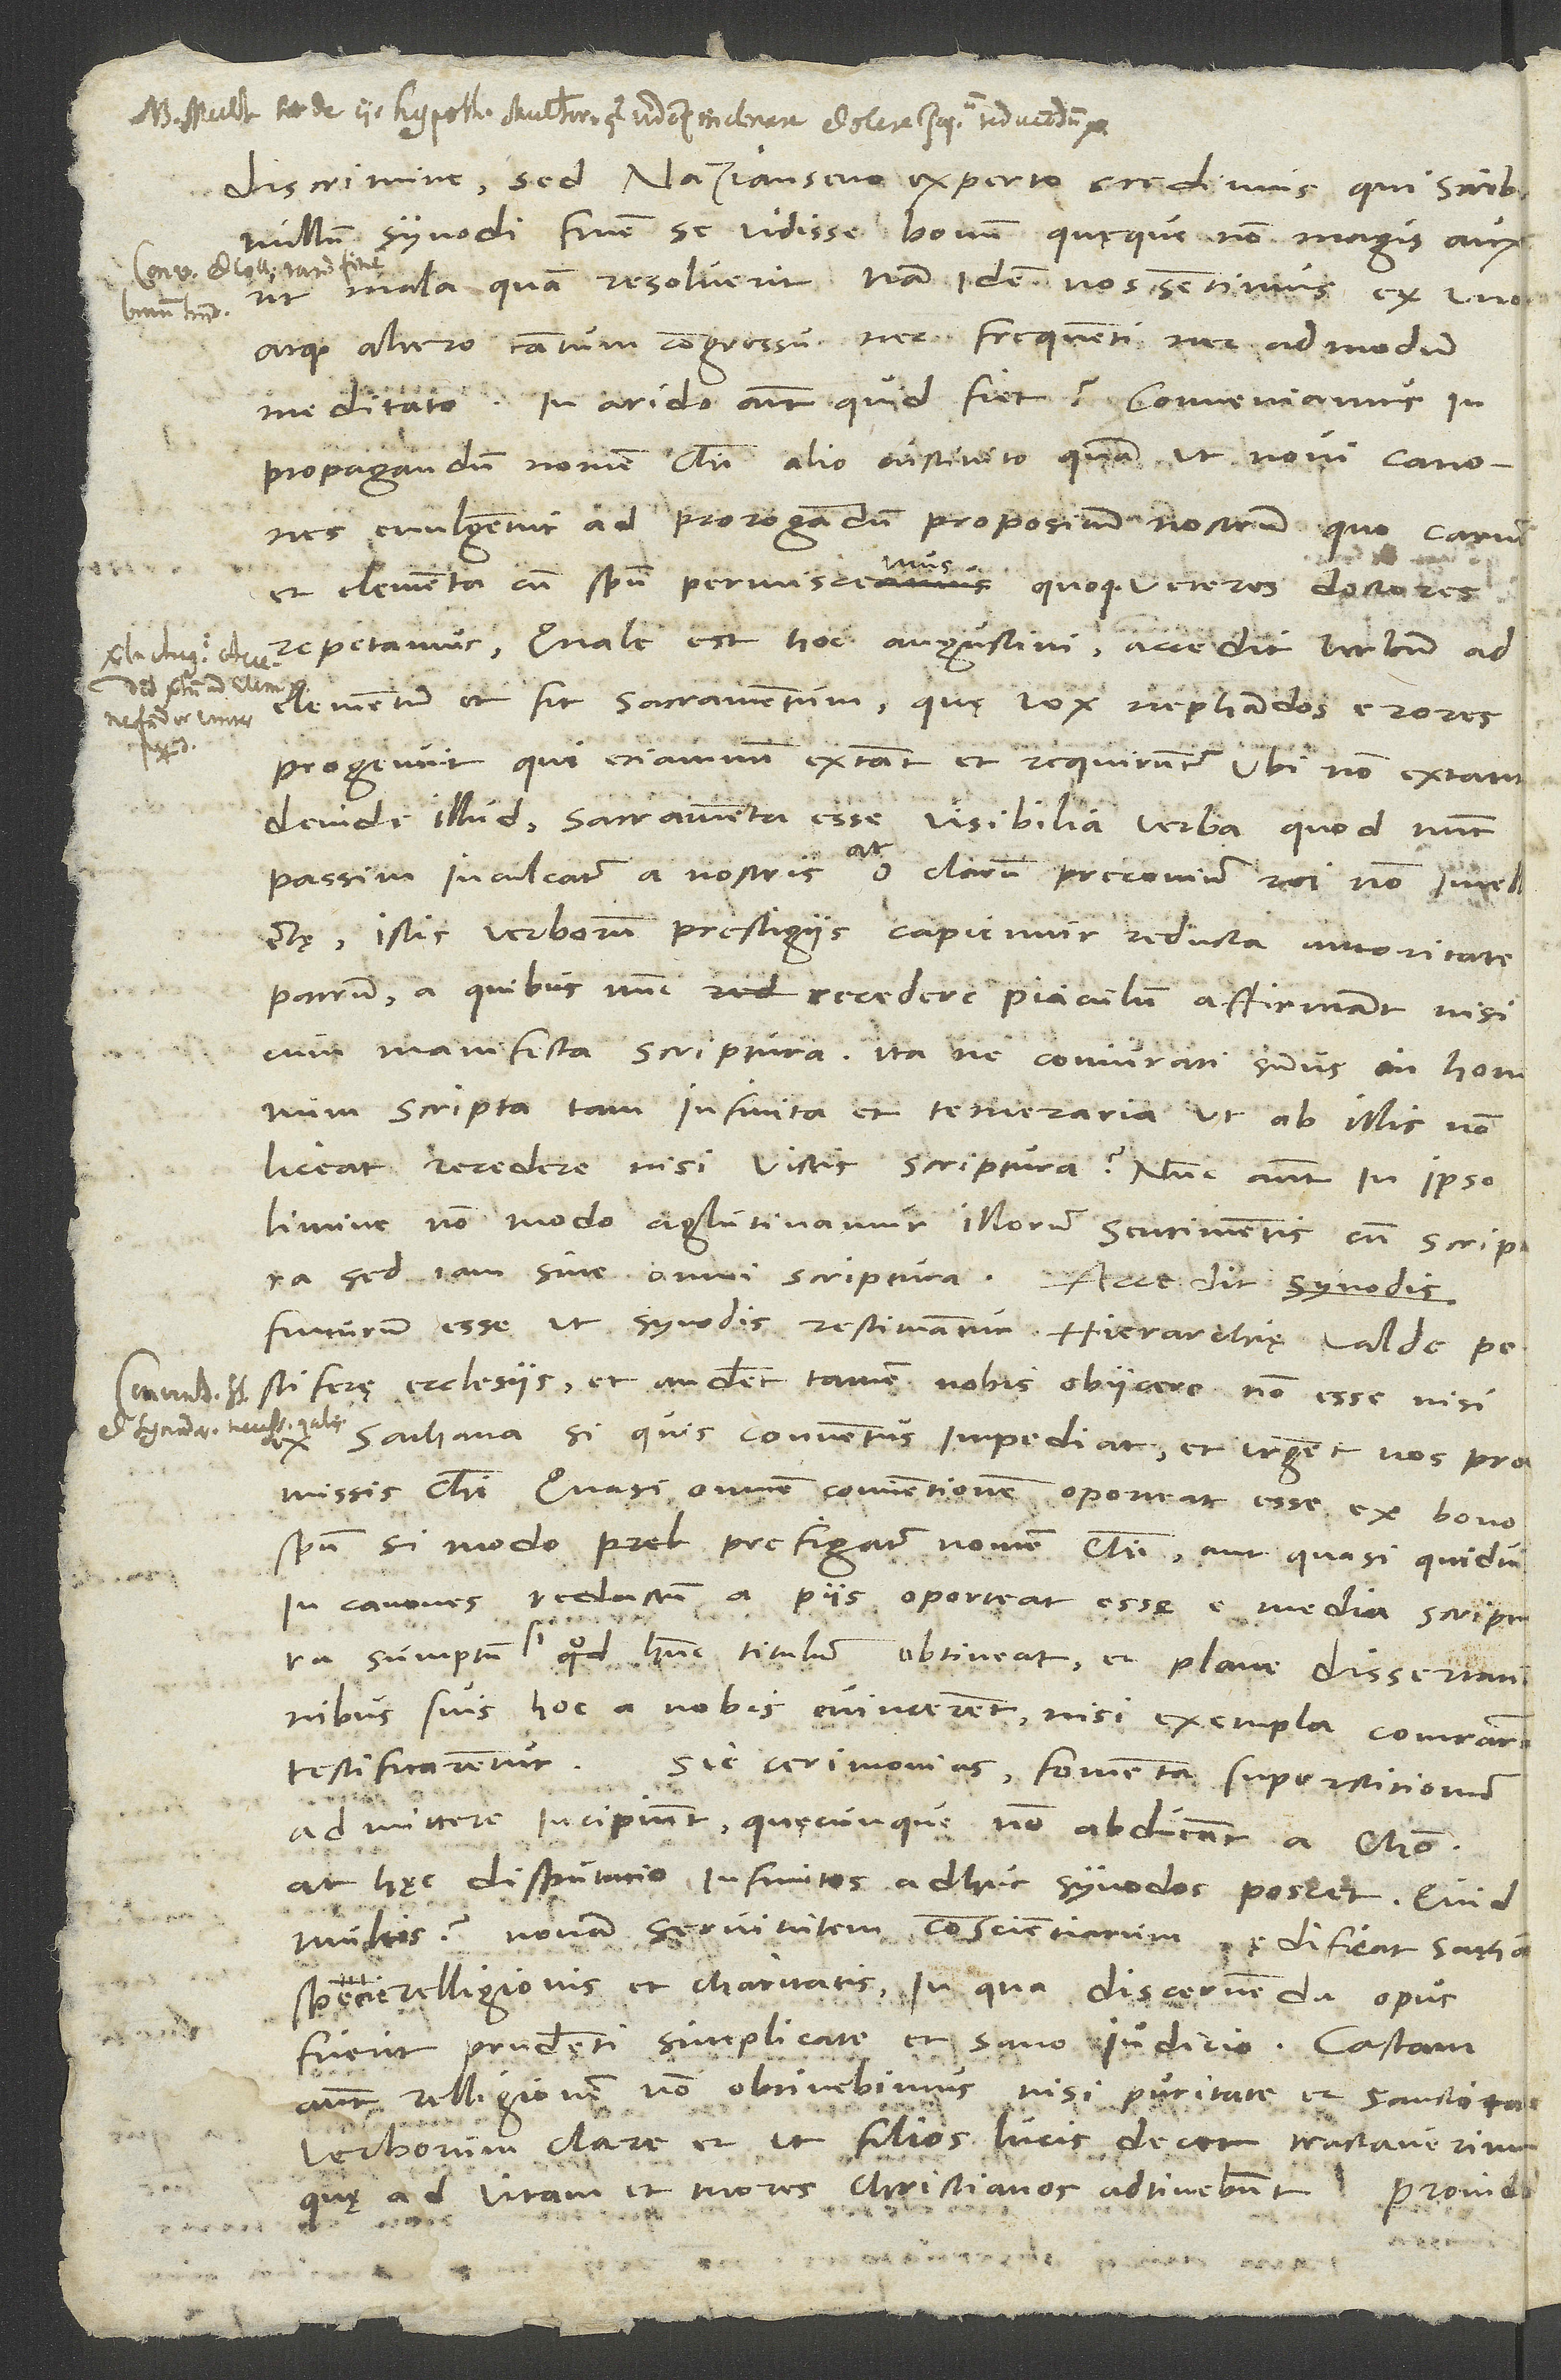
discrimine, sed Nazianseno experto credimus, qui scribit
nullum synodi finem se vidisse bonum quaeque non magis auxerit
mala quam resolverit. Nam idem nos sentimus ex uno
atque altero tantum congressu nec frequenti nec admodum
meditato. In arido autem quid fiet? Conveniamus in
propagandum nomen Christi alio instituto, quam ut novi canones
evulgentur ad prorogandum propositum nostrum, quo carnem
S.
et elementa cum spiritu permiscemus quoque veteres doctores
repetamus, quale est hoc Augustini: "accedit verbum ad
elementum, et fit sacramentum", quae vox nephandos errores
progenuit, qui etiamnum extant et requiruntur, ubi non extant;
deinde illud: sacramenta esse visibilia verba, quod nunc
passim inculcatur a nostris; at o clarum preconium rei non intellectae!
Istis verborum prestigiis capiemur reducta autoritate
patrum, a quibus nunc recedere piaculum affirmant nisi
cum manifesta scriptura. Itane coniurati sumus in hominum
scripta tam infinita et temeraria, ut ab illis non
liceat recedere nisi victis scriptura? Nunc autem in ipso
limine non modo aglutinamur illorum sentimentis cum scriptura,
sed iam sine omni scriptura. Accedit
futurum esse, ut synodis restituantur hierarchiae valde
pestiferae ecclesiis, et audent tamen nobis obiicere non esse nisi
sathana, si quis conventus impediat, et urgent nos promissis
Christi, quasi omnem conventionem oporteat esse ex bono
spiritu, si modo prefigatur nomen Christi, aut quasi quidvis
in canones redactum a piis oporteat esse e media scriptura
sumptum, si hunc titulum obtineat, et plane dissertationibus
suis hoc a nobis evincerent, nisi exempla contrarium
testificarentur. Sic cerimonias, fomenta superstitionum,
admittere incipiunt, quaecunque non abducant a Christo.
At haec disputatio infinitos adhuc synodos poscet. Quid
multis? Novam servitutem conscientiarum aedificat sathan
specie relligionis et charitatis, in qua discemenda opus
fuerit prudenti simplicitate et sano iudicio. Castam
autem relligionem non obtinebimus, nisi puritate et sanctitate
verborum clare et, ut filios lucis decet, tractaverimus,
ad vitam et mores christianos adtinebunt.